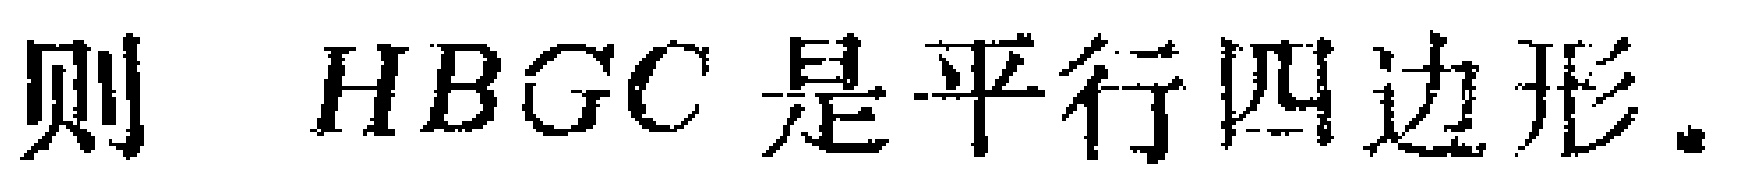
则 \(HBGC\) 是平行四边形.